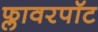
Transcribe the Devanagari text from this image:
फ्लावरपॉट